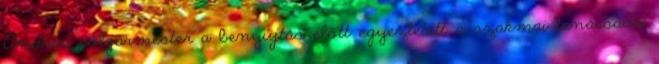
András polgármester a benyújtás előtt egyeztetett a szakmai tanácsadó